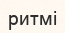
ритмі